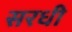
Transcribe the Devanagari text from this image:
सरधी